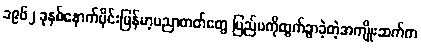
၁၉၆၂ ခုနှစ်နောက်ပိုင်းမြန်မာ့ပညာတတ်တွေ ပြည်ပကိုထွက်ခွာခဲ့တဲ့အကျိုးဆက်က